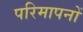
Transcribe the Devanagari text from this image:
परिमापनों